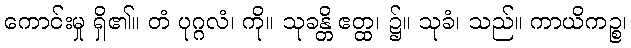
ကောင်းမှု ရှိ၏။ တံ ပုဂ္ဂလံ၊ ကို။ သုခန္တိ ဧတ္ထ၊ ၌။ သုခံ၊ သည်။ ကာယိကဉ္စ၊